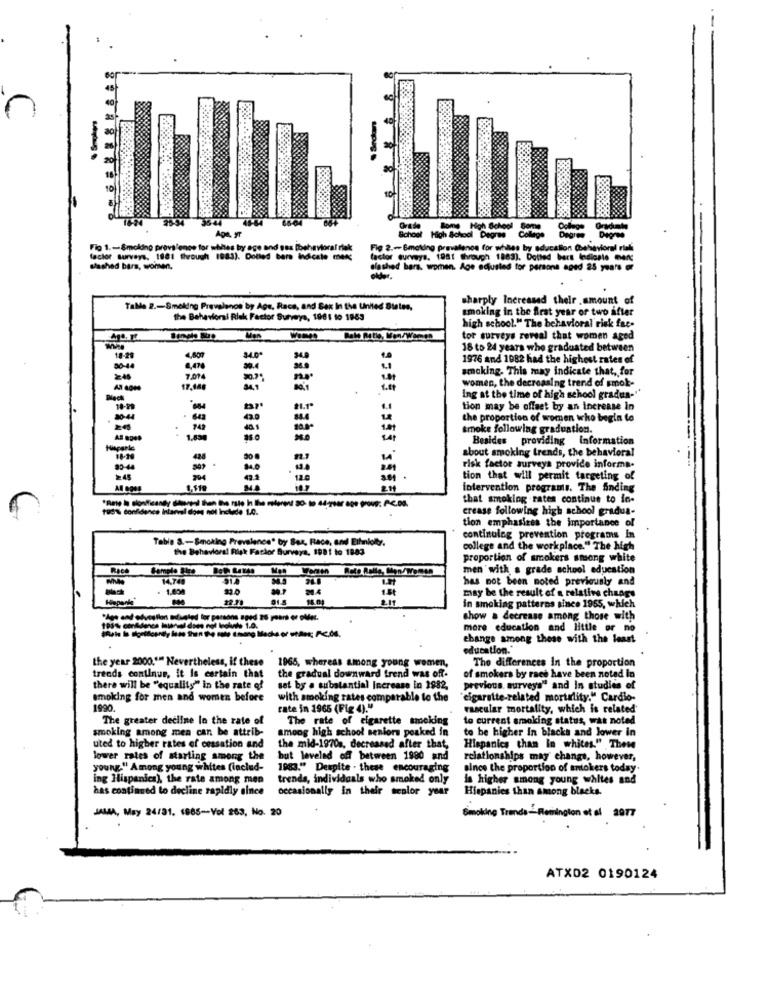
n
16-24
28-34 35-44
46-84
Aga, yr
Orade Rome High School Som
School High School Degres College Degree Degree
Fig 1 .- Smoking provslenge for whites by age and sex [behavioral riek
Fig 2 .- Smoking prevalence for whites by sducation @theviorel riski
actor surveys, 1881 through 1983). Dolled bars indicate men;
factor surveys. 1981 through 1883). Dotted bart Indicate ment:
slashed bars, women.
sloshed bars, women. Age adjusted for persons aged 25 years or
sharply Increased their .amount of
Table 2 .- Smoking Prevalenos by Age, Race, and Sex In the United States,
smoking in the first year of two after
the Behavioral Risk Factor Surveys, 1981 to 1853
high school." The behavioral risk fat-
Man
tor surveys reveal that women aged
18-21
18 to 24 years who graduated between
M4.0.
1976 and 1982 had the highest rates of
80-44
8,47%
smoking. This may indicate that, for
22.46
7.014
women, the decreasing trend of smok-
17,140
S4.1
-
ing at the time of high school gradus-"
tion may be offset by an increase in
-
the proportion of women who begin to
749
smoke following graduation.
1.830
Besides providing information
about smoking trends, the behavioral
risk factor surveys provide informa-
tion that will permit targeting of
219
intervention programs. The finding
that smoking rates continue to in-
tud'u confidence Interval does not Include 1.0.
crease following high school gradua-
tion emphasizes the importance of
Table & .-- Smoking Prevalence" by Bez, Race, and Ethnieltr.
continuing prevention programs In
the Behavioral Risk Factor Burveya, 1981 to 1883
college and the workplace." The high
proportion of smokers smsong white
Raca
men with a grade school education
14,740
has not been noted previously and
1.000
1.5t
may be the result of a relative changs
22 78
81.8
16.01
2.11
in smoking patterns since 1955, which
show a decrease among those with
more education and little or no
ebange among these with the least
education."
the year 2000."" Nevertheless, if these
1965, whereas among young women,
The differences in the proportion
the gradual downward trend was off.
trends continue, it Is certain that
of smokers by race have been noted in
there will be "equality" in the rate of
set by a substantial Increase in 1982,
previous. surveys" and In studies of
smoking for men and women before
with smoking rates comparable to the
'elgarette-related mortality." Cardio-
1990
rate in 1965 (Fig 4)."
vascular mortality, which is related'
The greater decline In the rate of
The rate of cigarette smoking
to current smoking status, was noted
smoking among men can be attrib-
among high school seniors peaked in
to be higher in blacks and lower in
uted to higher rates of cessation and
the mid-1970s, decreased after that,
Hispanics chan In whites." These
lower rates of starting among the
but lavelad off between 1980 and
relationships may change, however,
young." Among young whites (includ-
1983." Despite . these encouraging
since the proportion of antokers today.
ing Hispanics), the rate among men
trends, individuals who smoked only
is higher among young whites and
has continued to decline rapidly since
occasionally in their senior year
Hispanics than among blacks.
JAMA, May 24/31. 1885-Vol 263, No. 20
Smoking Trends-'-Readinglon et al 2017
ATX02 0190124